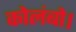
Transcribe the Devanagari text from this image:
कोलंबो।